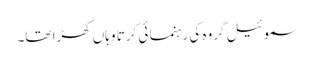
سموئیل گروہ کی رہنما ئی کرتا وہاں کھڑا تھا۔